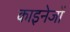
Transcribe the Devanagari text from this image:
काइनेजों